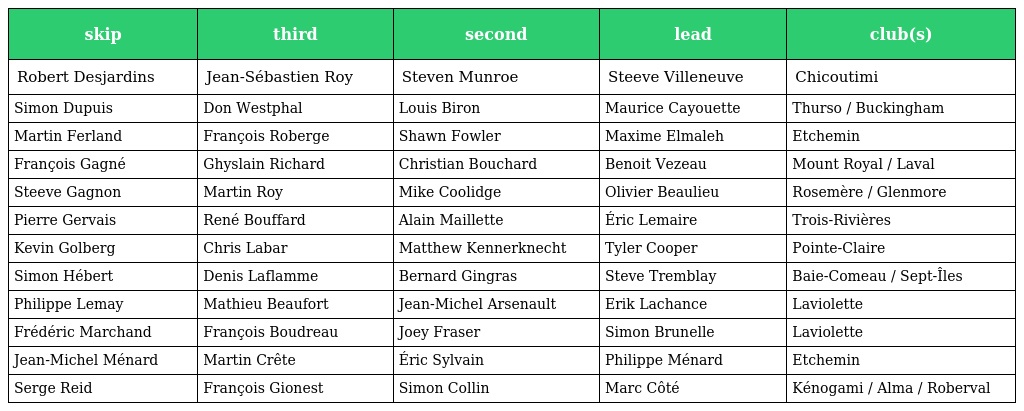
| skip | third | second | lead | club(s) |
 | --- | --- | --- | --- | --- |
 | Robert Desjardins | Jean-Sébastien Roy | Steven Munroe | Steeve Villeneuve | Chicoutimi |
 | Simon Dupuis | Don Westphal | Louis Biron | Maurice Cayouette | Thurso / Buckingham |
 | Martin Ferland | François Roberge | Shawn Fowler | Maxime Elmaleh | Etchemin |
 | François Gagné | Ghyslain Richard | Christian Bouchard | Benoit Vezeau | Mount Royal / Laval |
 | Steeve Gagnon | Martin Roy | Mike Coolidge | Olivier Beaulieu | Rosemère / Glenmore |
 | Pierre Gervais | René Bouffard | Alain Maillette | Éric Lemaire | Trois-Rivières |
 | Kevin Golberg | Chris Labar | Matthew Kennerknecht | Tyler Cooper | Pointe-Claire |
 | Simon Hébert | Denis Laflamme | Bernard Gingras | Steve Tremblay | Baie-Comeau / Sept-Îles |
 | Philippe Lemay | Mathieu Beaufort | Jean-Michel Arsenault | Erik Lachance | Laviolette |
 | Frédéric Marchand | François Boudreau | Joey Fraser | Simon Brunelle | Laviolette |
 | Jean-Michel Ménard | Martin Crête | Éric Sylvain | Philippe Ménard | Etchemin |
 | Serge Reid | François Gionest | Simon Collin | Marc Côté | Kénogami / Alma / Roberval |